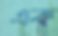
এক